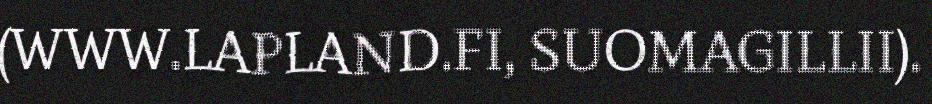
(WWW.LAPLAND.FI, SUOMAGILLII).